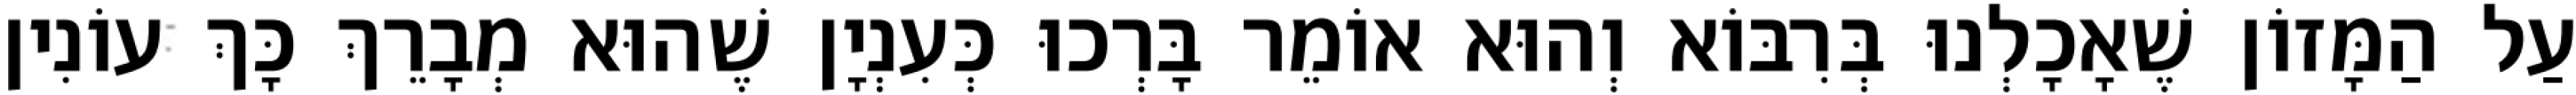
עַל הַמָּזוֹן שֶׁאָכָלְנוּ בְּרִבּוֹא וְהוּא אוֹמֵר בָּרְכוּ כְּעִנְיָן שֶׁהוּא מְבָרֵךְ כָּךְ עוֹנִין